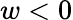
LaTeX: w<0